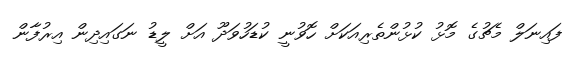
ފައިނަލް މެޗުގެ މޮޅު ކުޅުންތެރިއަކަށް ހޮވުނީ ކުޑަހުވަދޫ އަށް ލީޑު ނަގައިދިން އިރުފާން